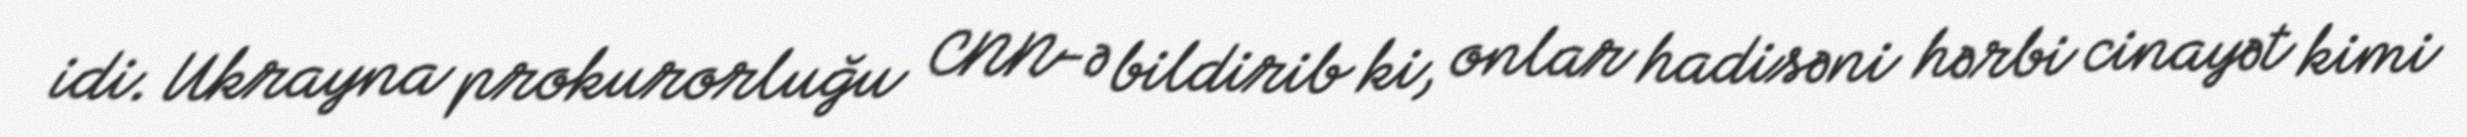
idi. Ukrayna prokurorluğu CNN-ə bildirib ki, onlar hadisəni hərbi cinayət kimi